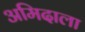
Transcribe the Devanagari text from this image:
अमिदाला